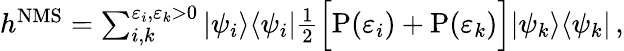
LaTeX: \begin{array}{r}{h^{\mathrm{NMS}}=\sum_{i,k}^{\varepsilon_{i},\varepsilon_{k}>0}|\psi_{i}\rangle\langle\psi_{i}|\frac{1}{2}\Big[\mathrm{P}(\varepsilon_{i})+\mathrm{P}(\varepsilon_{k})\Big]|\psi_{k}\rangle\langle\psi_{k}|\, ,}\end{array}